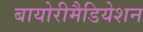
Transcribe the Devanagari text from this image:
बायोरीमैडियेशन